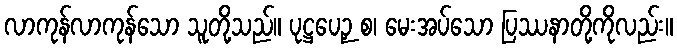
လာကုန်လာကုန်သော သူတို့သည်။ ပုဋ္ဌပေဉှ စ၊ မေးအပ်သော ပြဿနာတို့ကိုလည်း။